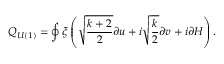
Q _ { U ( 1 ) } = \oint \xi \left( \sqrt { \frac { k + 2 } { 2 } } \partial u + i \sqrt { \frac { k } { 2 } } \partial v + i \partial H \right) .